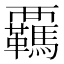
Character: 覊